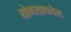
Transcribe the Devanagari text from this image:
योगसाधनेस